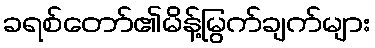
ခရစ်တော်၏မိန့်မြွက်ချက်များ